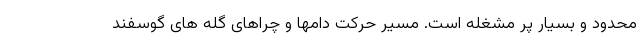
محدود و بسیار پر مشغله است. مسیر حرکت دامها و چراهای گله های گوسفند